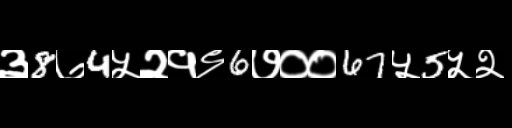
Text: ३8७4५२१९6७००67५5५२